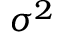
\sigma ^ { 2 }